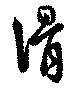
滑